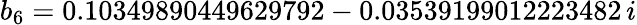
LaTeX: b_{6}=0.10349890449629792-0.03539199012223482\, i